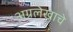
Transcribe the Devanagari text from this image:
अग्रलेखाचे